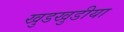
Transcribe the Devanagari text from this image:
खुडखुडीया